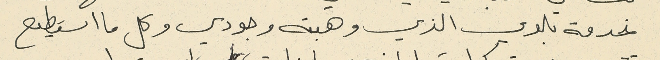
خدمة بلدي الذي وهبته وجودي وكل ما استطيع